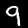
Digit: 9